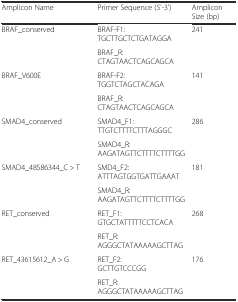
<table><thead><tr><td><b>Amplicon Name</b></td><td><b>Primer Sequence (5&#x27;-3&#x27;)</b></td><td><b>Amplicon Size (bp)</b></td></tr></thead><tbody><tr><td rowspan="2">BRAF_conserved</td><td>BRAF-F1: TGCTTGCTCTGATAGGA</td><td rowspan="2">241</td></tr><tr><td>BRAF_R: CTAGTAACTCAGCAGCA</td></tr><tr><td rowspan="2">BRAF_V600E</td><td>BRAF-F2: TGGTCTAGCTACAGA</td><td rowspan="2">141</td></tr><tr><td>BRAF_R: CTAGTAACTCAGCAGCA</td></tr><tr><td rowspan="2">SMAD4_conserved</td><td>SMAD4_F1: TTGTCTTTTCTTTAGGGC</td><td rowspan="2">286</td></tr><tr><td>SMAD4_R: AAGATAGTTCTTTTCTTTTGG</td></tr><tr><td rowspan="2">SMAD4_48586344_C &gt; T</td><td>SMD4_F2: ATTTAGTGGTGATTGAAAT</td><td rowspan="2">181</td></tr><tr><td>SMAD4_R: AAGATAGTTCTTTTCTTTTGG</td></tr><tr><td rowspan="2">RET_conserved</td><td>RET_F1: GTGCTATTTTTCCTCACA</td><td rowspan="2">268</td></tr><tr><td>RET_R: AGGGCTATAAAAAGCTTAG</td></tr><tr><td rowspan="2">RET_43615612_A &gt; G</td><td>RET_F2: GCTTGTCCCGG</td><td rowspan="2">176</td></tr><tr><td>RET_R: AGGGCTATAAAAAGCTTAG</td></tr></tbody></table>